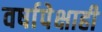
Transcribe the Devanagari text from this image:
वर्षापेक्षाही